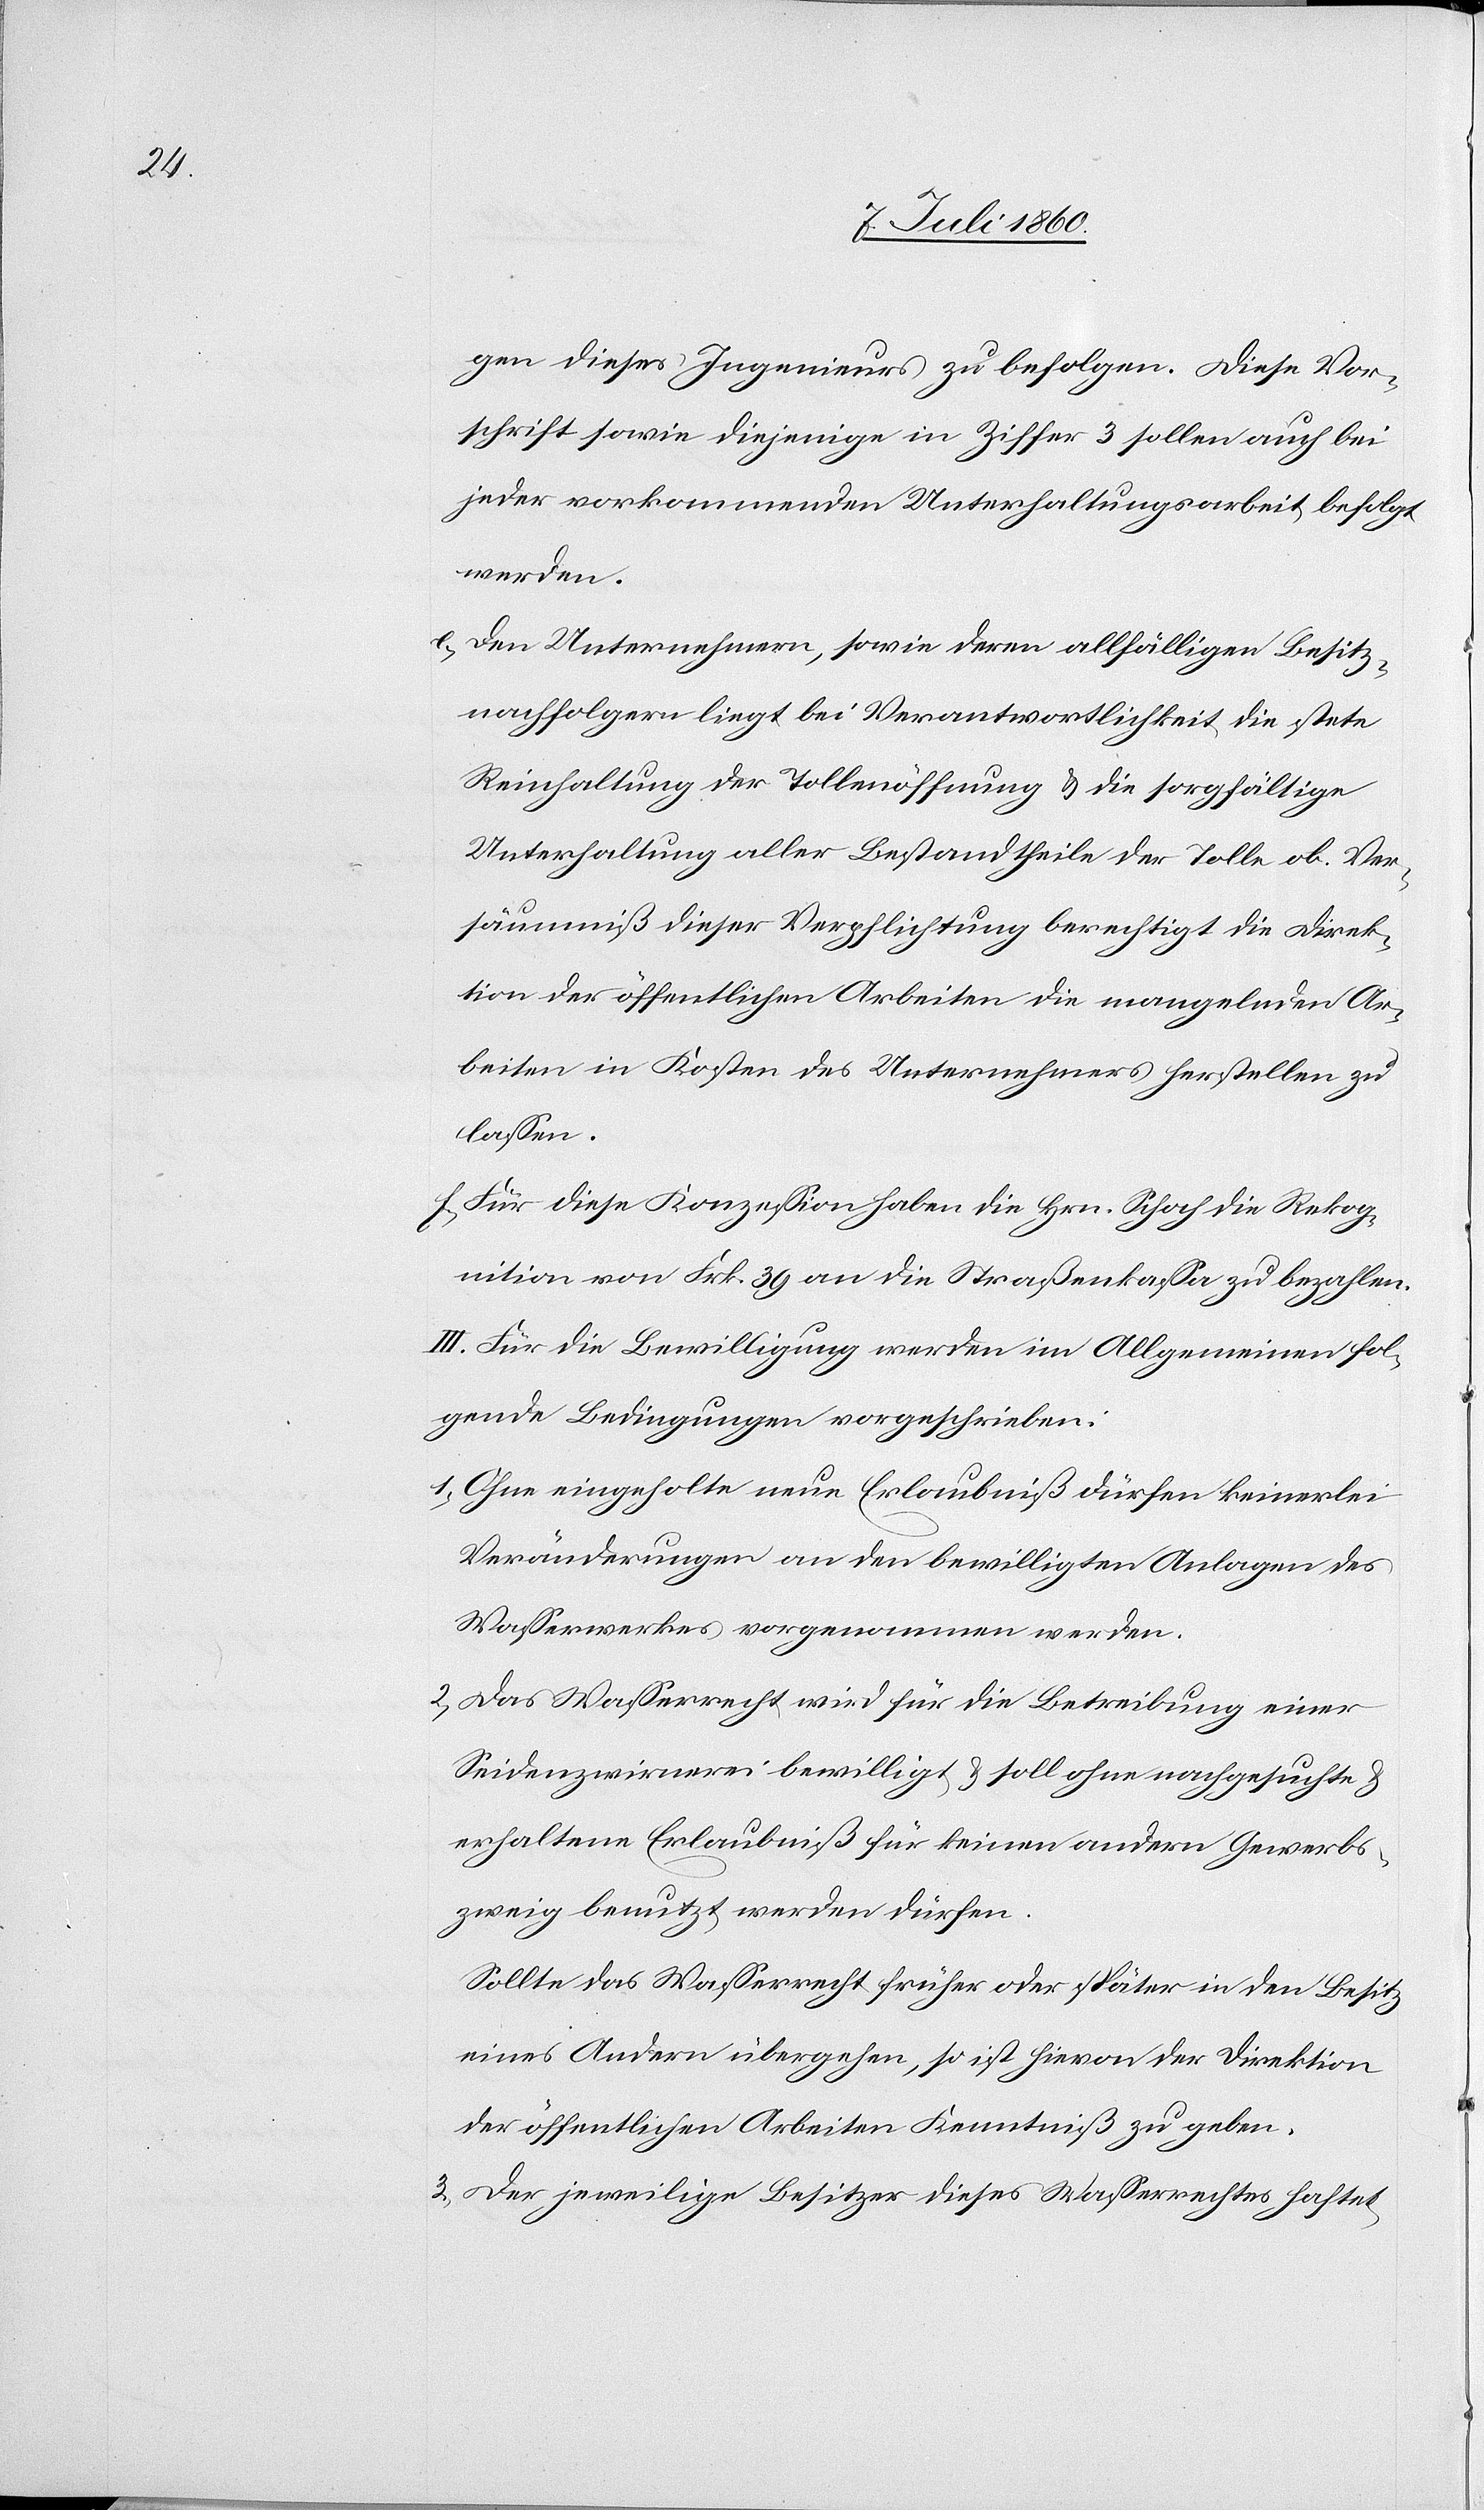
gen dieses Ingenieurs zu befolgen. Diese Vor¬
schrift sowie diejenige in Ziffer 3 sollen auch bei
jeder vorkommenden Unterhaltungsarbeit befolgt
werden.
e. Den Unternehmern, sowie deren allfälligen Besitz¬
nachfolgern liegt bei Verantwortlichkeit die stete
Reinhaltung der Tollenöffnung & die sorgfältige
Unterhaltung aller Bestandtheile der Tolle ob. Ver¬
säumniß dieser Verpflichtung berechtigt die Direk¬
tion der öffentlichen Arbeiten die mangelnden Ar¬
beiten in Kosten des Unternehmers herstellen zu
lassen.
f. Für diese Konzession haben die Hrn. Schoch die Rekog¬
nition von Frk. 39 an die Straßenkassa zu bezahlen.
III. Für die Bewilligung werden im Allgemeinen fol¬
gende Bedingungen vorgeschrieben:
1. Ohne eingeholte neue Erlaubniß dürfen keinerlei
Veränderungen an den bewilligten Anlagen des
Wasserwerkes vorgenommen werden.
2. Das Wasserrecht wird für die Betreibung einer
Seidenzwirnerei bewilligt & soll ohne nachgesuchte &
erhaltene Erlaubniß für keinen andern Gewerbs¬
zweig benutzt werden dürfen.
Sollte das Wasserrecht früher oder später in den Besitz
eines Andern übergehen, so ist hievon der Direktion
der öffentlichen Arbeiten Kenntniß zu geben.
3. Der jeweilige Besitzer dieses Wasserrechtes haftet